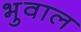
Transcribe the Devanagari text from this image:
भुवाल